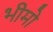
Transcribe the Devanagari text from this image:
भीमो